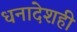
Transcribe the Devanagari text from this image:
धनादेशही